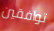
توافقين